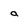
Character: a